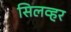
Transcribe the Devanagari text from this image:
सिलव्हर